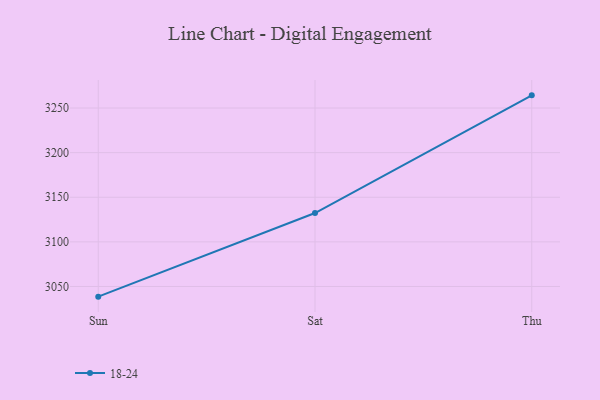
{"axis": {"x": "Day", "y": "Population (Million)"}, "legend": ["18-24"], "data": [{"x": "Sun", "y": 3038.6, "type": "18-24"}, {"x": "Sat", "y": 3132.3, "type": "18-24"}, {"x": "Thu", "y": 3264.2, "type": "18-24"}]}